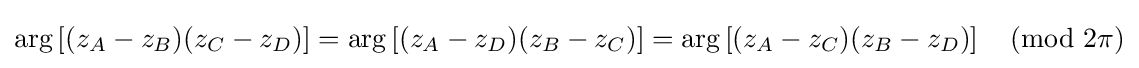
\arg \left[(z_{A}-z_{B})(z_{C}-z_{D})\right]=\arg \left[(z_{A}-z_{D})(z_{B}-z_{C})\right]=\arg \left[(z_{A}-z_{C})(z_{B}-z_{D})\right]{\pmod {2\pi }}